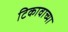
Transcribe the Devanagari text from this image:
टिकावाच्या